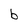
Character: b